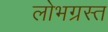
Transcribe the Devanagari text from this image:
लोभग्रस्त